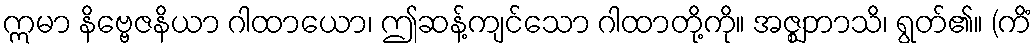
ဣမာ နိဗ္ဗေဇနိယာ ဂါထာယော၊ ဤဆန့်ကျင်သော ဂါထာတို့ကို။ အဇ္ဈဘာသိ၊ ရွတ်၏။ (ကိံ